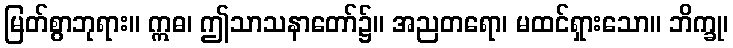
မြတ်စွာဘုရား။ ဣဓ၊ ဤသာသနာတော်၌။ အညတရော၊ မထင်ရှားသော။ ဘိက္ခု၊